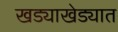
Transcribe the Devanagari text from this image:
खड्याखेड्यात